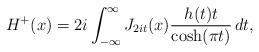
LaTeX: \begin{align*}H^+(x) = 2 i \int_{-\infty}^\infty J_{2 i t}(x) \frac{h(t) t}{\cosh(\pi t)} \, d t,\end{align*}